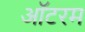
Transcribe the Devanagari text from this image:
ऑटरम